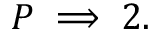
P \implies 2 .